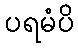
ပရမံပိ